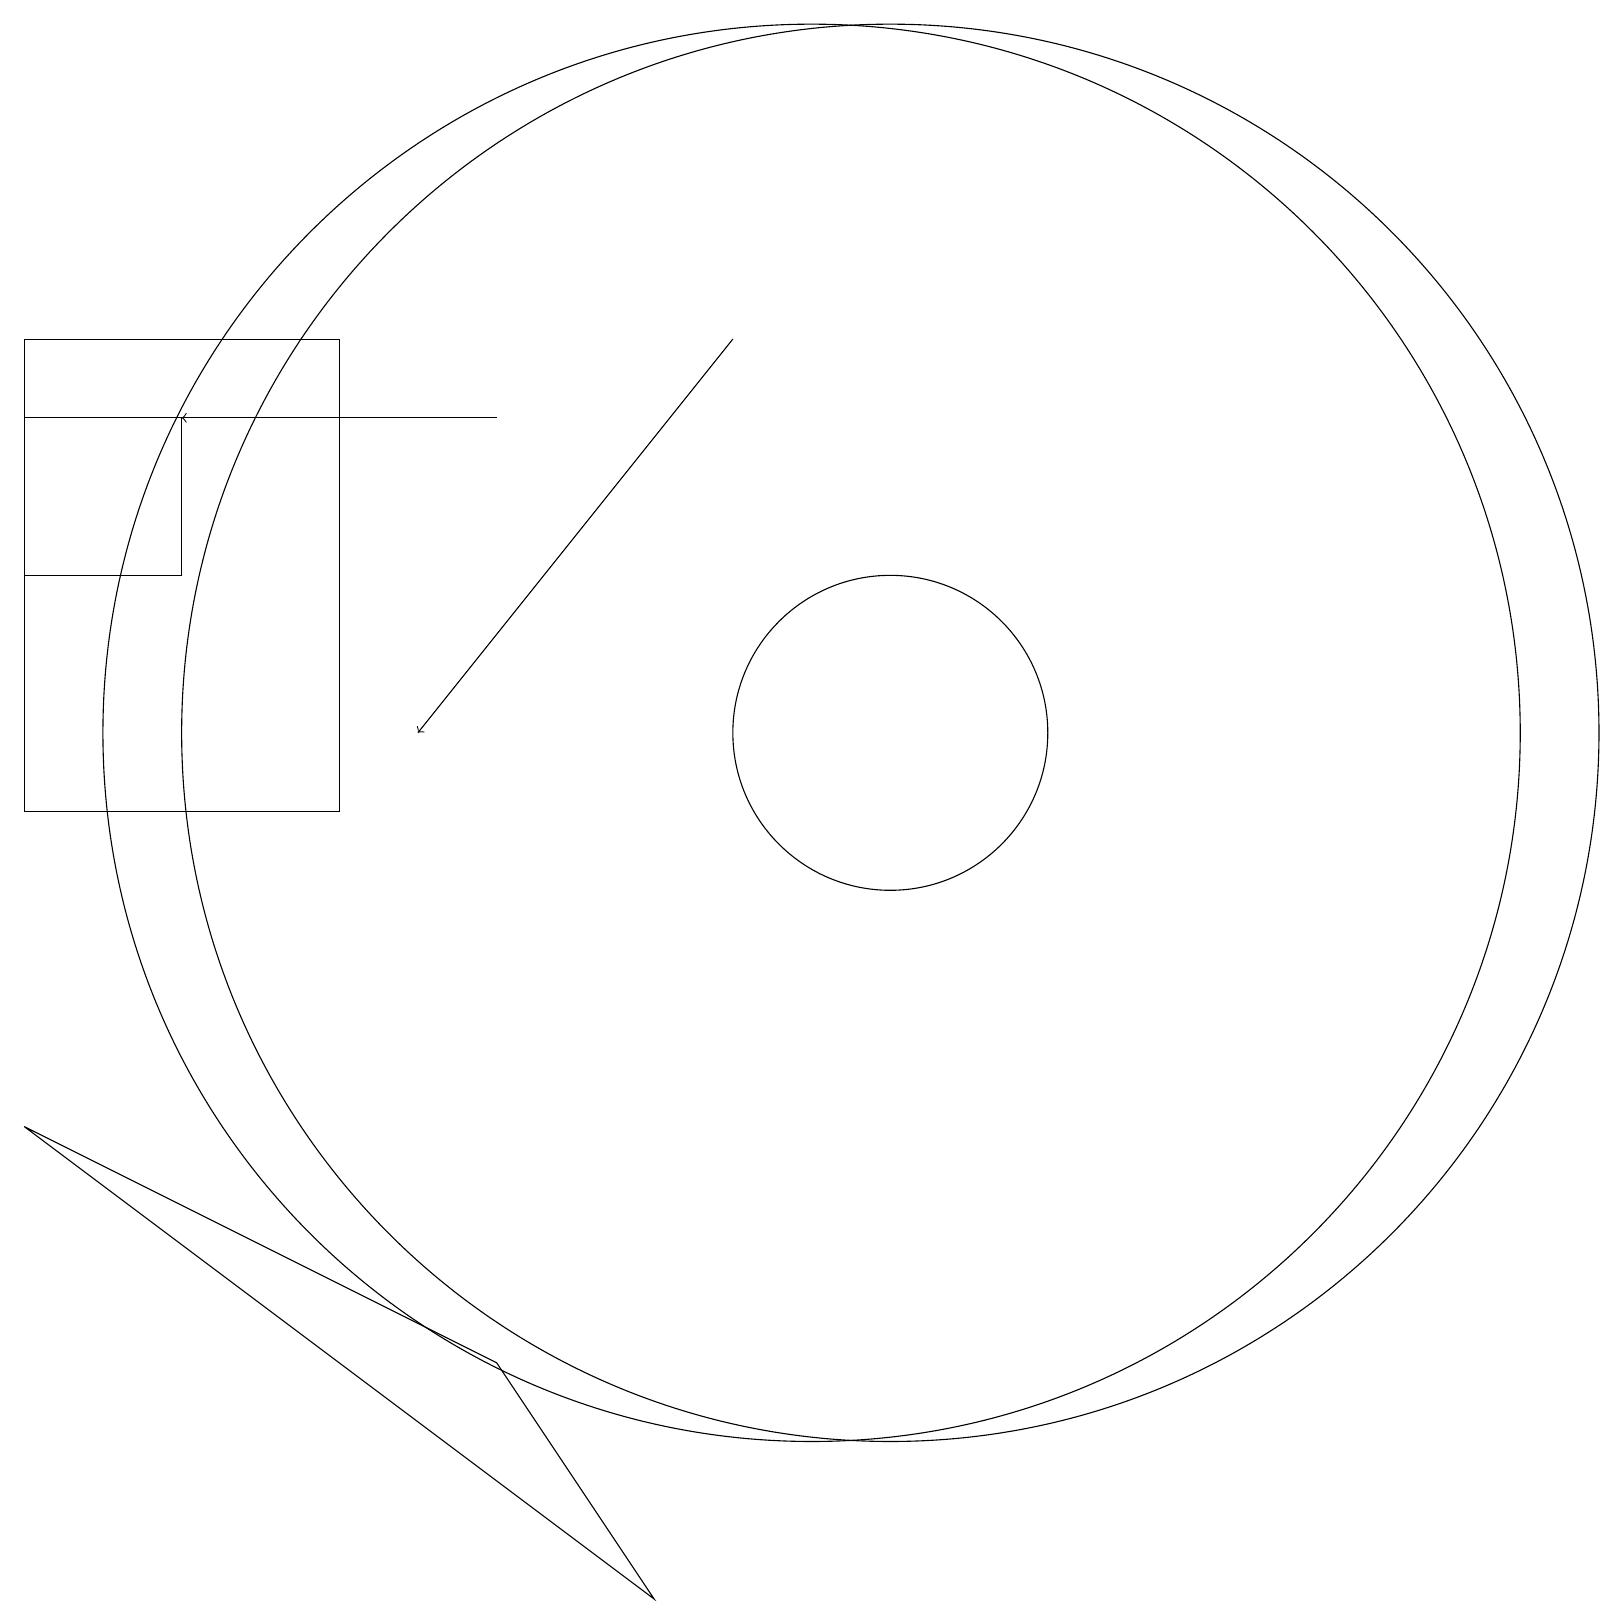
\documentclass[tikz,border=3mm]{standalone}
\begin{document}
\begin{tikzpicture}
\draw (11,11) circle (9);
\draw[->] (6,15) -- (2,15);
\draw (10,11) circle (9);
\draw (4,10) rectangle (0,16);
\draw[->] (9,16) -- (5,11);
\draw (8,0) -- (6,3) -- (0,6) -- cycle;
\draw (0,13) rectangle (2,15);
\draw (11,11) circle (2);
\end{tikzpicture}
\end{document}